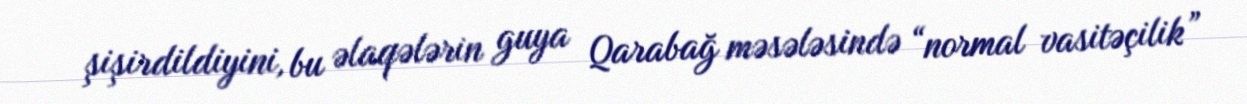
şişirdildiyini, bu əlaqələrin guya Qarabağ məsələsində “normal vasitəçilik”